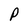
Character: P